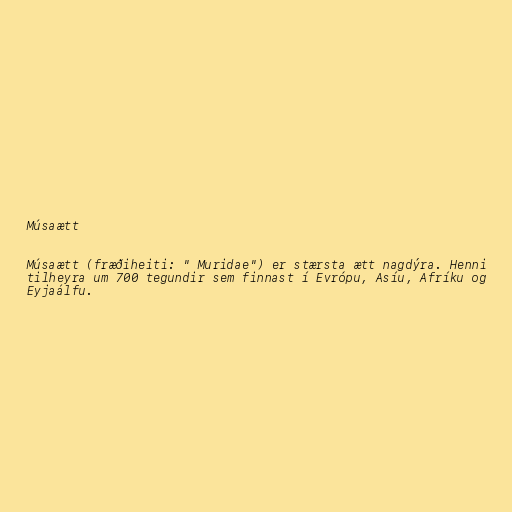
Músaætt

Músaætt (fræðiheiti: " Muridae") er stærsta ætt nagdýra. Henni
tilheyra um 700 tegundir sem finnast í Evrópu, Asíu, Afríku og
Eyjaálfu.